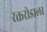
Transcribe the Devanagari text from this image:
रक्तरोडाला